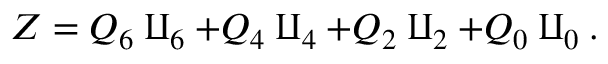
Z = Q _ { 6 } \amalg _ { 6 } + Q _ { 4 } \amalg _ { 4 } + Q _ { 2 } \amalg _ { 2 } + Q _ { 0 } \amalg _ { 0 } .